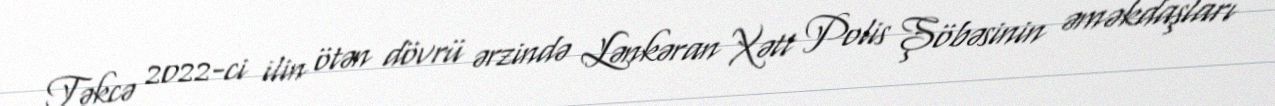
Təkcə 2022-ci ilin ötən dövrü ərzində Lənkəran Xətt Polis Şöbəsinin əməkdaşları